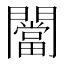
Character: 闣